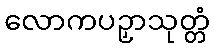
လောကပဉှာသုတ္တံ